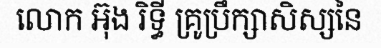
លោក អ៊ុង រិទ្ធី គ្រូប្រឹក្សាសិស្សនៃ